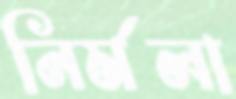
নির্মলা